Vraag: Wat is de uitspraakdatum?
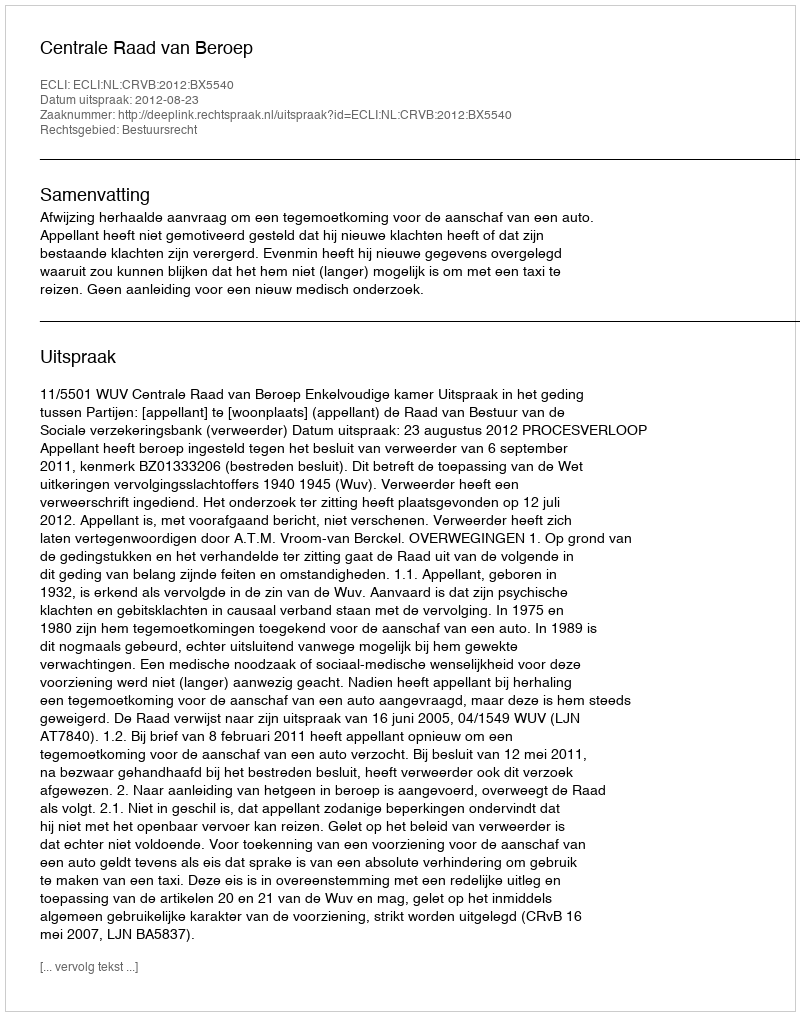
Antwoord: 2012-08-23